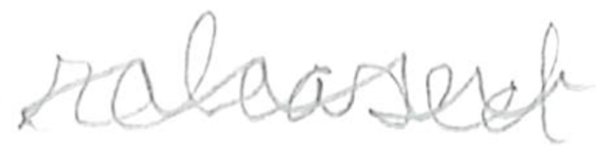
Text: released
Cross-out: wave
Writing tool: pencil